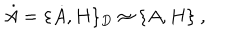
LaTeX: \dot { A } = \{ \dot { A } , H \} _ { D } \approx \{ A , H \} \ ,